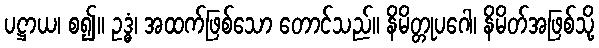
ပဋ္ဌာယ၊ စ၍။ ဥဒ္ဓံ၊ အထက်ဖြစ်သော တောင်သည်။ နိမိတ္တုပဂေါ၊ နိမိတ်အဖြစ်သို့